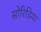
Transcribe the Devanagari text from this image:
सोरिडिया